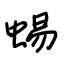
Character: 蜴